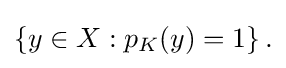
{\textstyle \left\{y\in X:p_{K}(y)=1\right\}.}